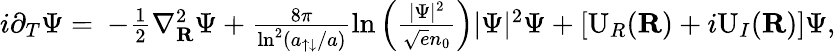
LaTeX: \begin{array}{rl}{i\partial_{T}\Psi=}&{\! \! \! -\frac{1}{2}\nabla_{\mathbf{R}}^{2}\Psi+\frac{8\pi}{\ln^{2}(a_{\uparrow\downarrow}/a)}\ln\left(\frac{|\Psi|^{2}}{\sqrt{e}n_{0}}\right)|\Psi|^{2}\Psi+[\mathrm{U}_{R}(\mathbf{R})+i\mathrm{U}_{I}(\mathbf{R})]\Psi,}\end{array}